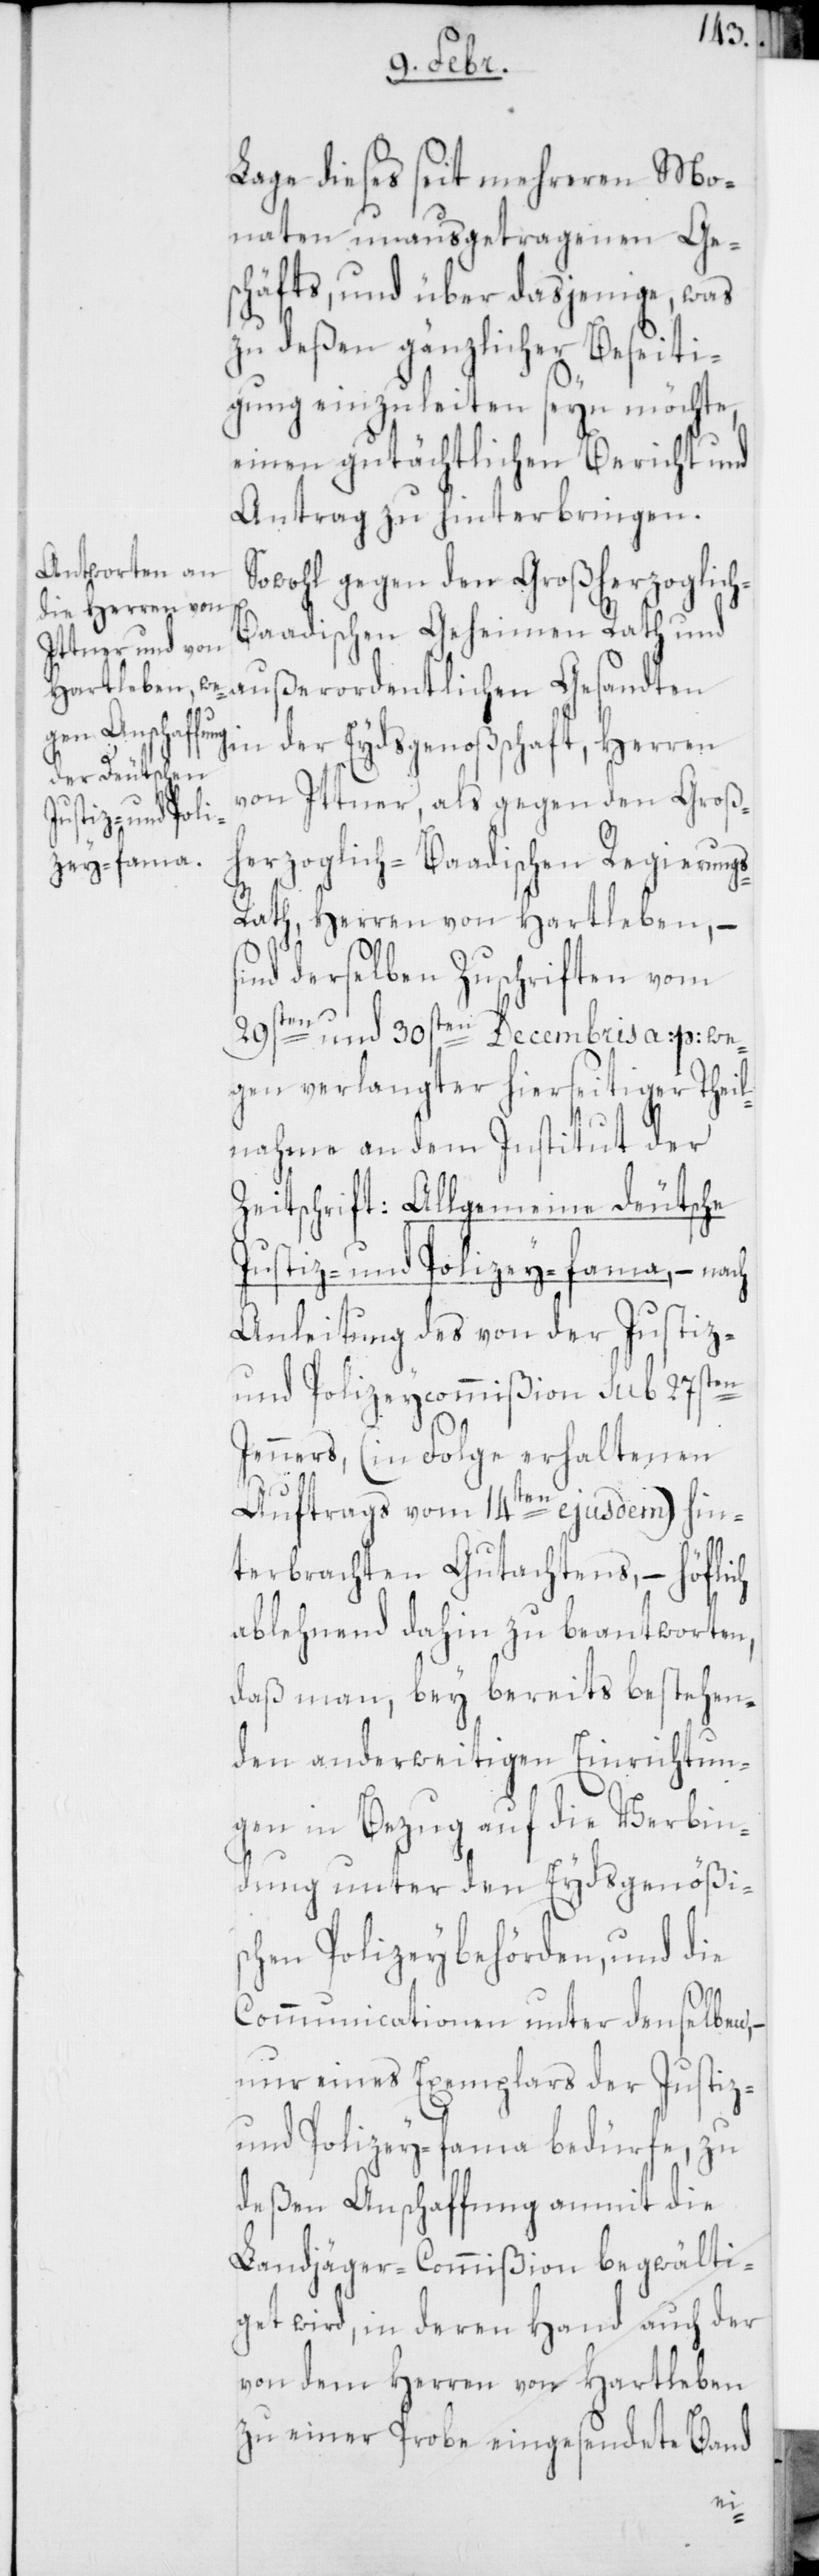
Lage dieses seit mehreren Mo¬
naten unausgetragenen Ge¬
schäfts, und über dasjenige, was
zu deßen gänzlicher Beseiti¬
gung einzuleiten seyn möchte,
einen gutächtlichen Bericht und
Antrag zu hinterbringen.
Sowohl gegen den Großherzoglic¬
aadischen Geheimen Rath und
außerordentlichen Gesandten
in der Eydsgenoßenschaft, Herren
von Ittner, als gegen den Groß¬
herzoglich-Baadischen Regierung¬
s-Rath, Herren von Hartleben, –
sind derselben Zuschriften vom
29sten und 30sten Decembris a: p: we¬
gen verlangter hierseitiger Theil¬
nahme an dem Institut der
Zeitschrift: Allgemeine deutsche
Justiz- und Polizey-Fama, – nach
Anleitung des von der Justiz-
und Polizeycommißion sub 27sten
Jenners, (in Folge erhaltenen
h-B¬
Auftrags vom 14ten ejusdem) hin¬
terbrachten Gutachtens, – höflich
ablehnend dahin zu beantworten,
daß man, bey bereits bestehen¬
den anderweitigen Einrichtun¬
gen in Bezug auf die Verbin¬
dung unter den Eydsgenößi¬
schen Polizeybehörden, und die
Communicationen unter denselben,
nur eines Exemplars der Justiz-
und Polizey-Fama bedürfe, zu
deßen Anschaffung anmit die
Landjäger-Commißion begwälti¬
get wird, in deren Hand auch der
von dem Herren von Hartleben
zu einer Probe eingesendete Band